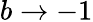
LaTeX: b\rightarrow-1